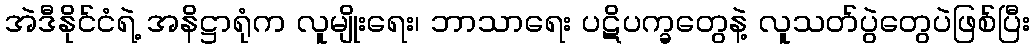
အဲဒီနိုင်ငံရဲ့ အနိဋ္ဌာရုံက လူမျိုးရေး၊ ဘာသာရေး ပဋိပက္ခတွေနဲ့ လူသတ်ပွဲတွေပဲဖြစ်ပြီး